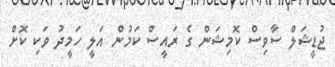
ޖުޑީޝަލް ސާވިސް ކޮމިޝަން ގެ ރައީސް ކަމުން އަލީ ހަމީދު ވަކި ކޮށް